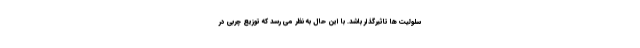
سلولیت ها تاثیرگذار باشد. با این حال به نظر می رسد که توزیع چربی در